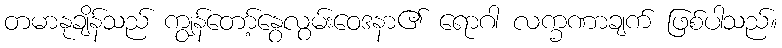
တမာနုချိန်သည် ကျွန်တော့်နွေလွမ်းဝေဒနာ၏ ရောဂါ လက္ခဏာချက် ဖြစ်ပါသည်။